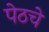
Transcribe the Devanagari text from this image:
पेठचे